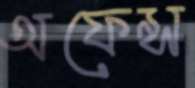
অফেন্স